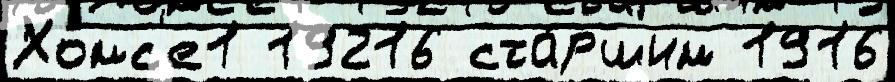
Хомс'е1 19216 ста́ршим 1916